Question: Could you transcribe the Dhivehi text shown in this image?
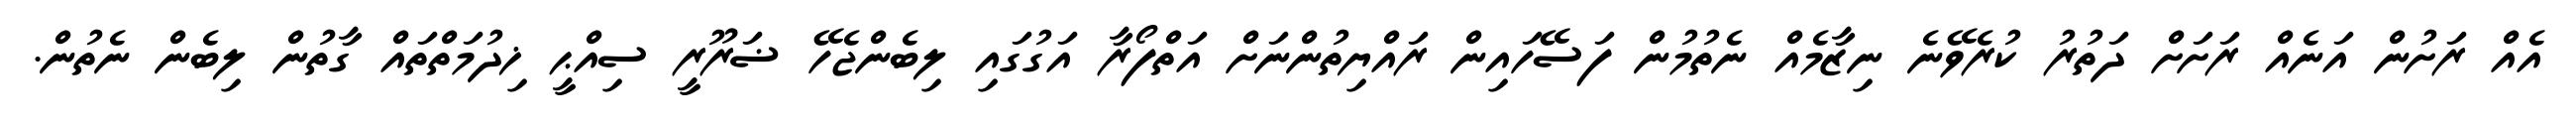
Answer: އެއް ރަށުން އަނެއް ރަށަށް ދަތުރު ކުރެވޭނެ ނިޒާމެއް ނެތުމުން ފަސޭހައިން ރައްޔިތުންނަށް އަތްފޯރާ އަގުގައި ލިބެންޖެހޭ ޟަރޫރީ ސިއްޙީ ޚިދުމަތްތައް ގާތުން ލިބެން ނެތުން.